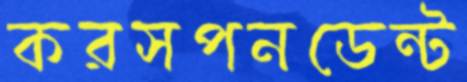
করসপনডেন্ট